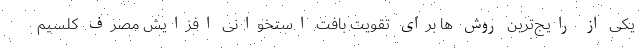
یکی از رایج‌ترین روش ها برای تقویت بافت استخوانی افزایش مصرف کلسیم